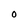
Character: O